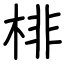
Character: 棑